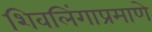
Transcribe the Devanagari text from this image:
शिवलिंगाप्रमाणे